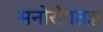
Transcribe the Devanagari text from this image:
मनोरोगतज्ञ